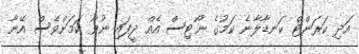
އަދި ކަރަންޓް ކަނޑާލާނެ ކަމުގެ ނޯޓިސް އެއް ދީފައި ނުވާ ކަމަށްވެސް އޭނާ